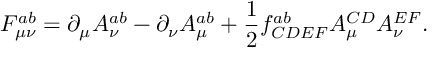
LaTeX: F _ { \mu \nu } ^ { a b } = \partial _ { \mu } A _ { \nu } ^ { a b } - \partial _ { \nu } A _ { \mu } ^ { a b } + \frac { 1 } { 2 } f _ { C D E F } ^ { a b } A _ { \mu } ^ { C D } A _ { \nu } ^ { E F } .